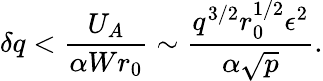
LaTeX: \delta q<{\frac{U_{A}}{\alpha Wr_{0}}}\sim{\frac{q^{3/2}r_{0}^{1/2}\epsilon^{2}}{\alpha\sqrt{p}}}.